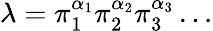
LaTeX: \lambda=\pi_{1}^{\alpha_{1}}\pi_{2}^{\alpha_{2}}\pi_{3}^{\alpha_{3}}\dots